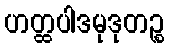
ဟတ္ထပါဒမုဒုတဉ္စ